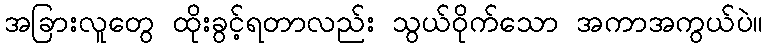
အခြားလူတွေ ထိုးခွင့်ရတာလည်း သွယ်ဝိုက်သော အကာအကွယ်ပဲ။